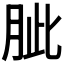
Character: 𦚚